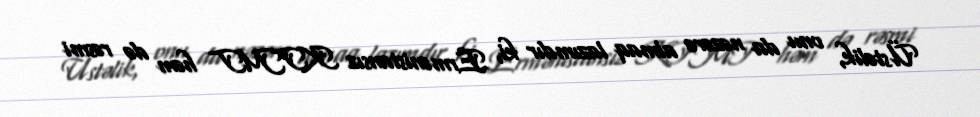
Üstəlik, onu da nəzərə almaq lazımdır ki, Ermənistansız KTMT həm də rəsmi